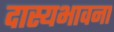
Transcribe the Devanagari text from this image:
दास्यभावना